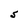
Character: S